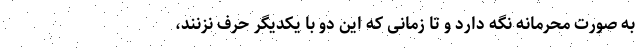
به صورت محرمانه نگه دارد و تا زمانی که این دو با یکدیگر حرف نزنند،